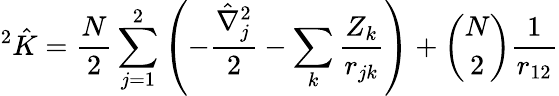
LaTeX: ^{2}{\hat{K}}=\frac{N}{2}\sum_{j=1}^{2}{\left(-\frac{{\hat{\nabla}}_{j}^{2}}{2}-\sum_{k}{\frac{Z_{k}}{r_{jk}}}\right)}+\binom{N}{2}\frac{1}{r_{12}}